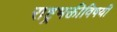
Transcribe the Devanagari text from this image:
राष्ट्रभक्तीविषयी